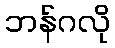
ဘန်ဂလို